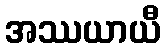
အဿယာယီ